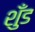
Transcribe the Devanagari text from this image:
शुँड